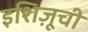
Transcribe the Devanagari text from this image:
इशिज़ूची